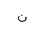
Letter: _non